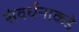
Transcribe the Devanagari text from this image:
संवर्धनाकडे